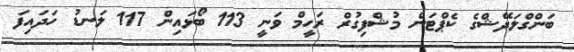
ބަންގްލަދޭޝްގެ ކެޕްޓަން މުޝްފިގުރް ރަހީމް ވަނީ 113 ބޯޅައިން 117 ލަނޑު ހަދައިފަ